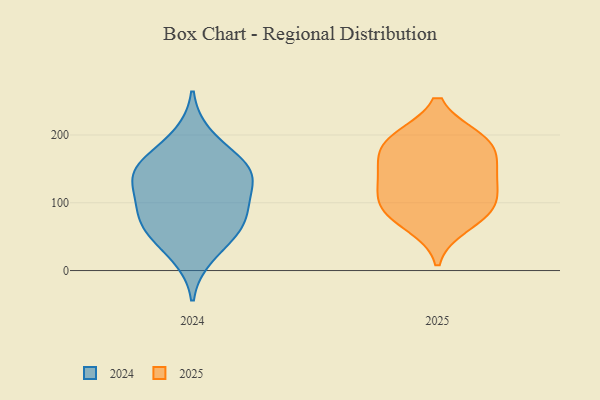
{"axis": {"x": "Shipments", "y": "Value"}, "legend": ["2024", "2025"], "data": [{"x": "", "y": 144, "type": "2024"}, {"x": "", "y": 84, "type": "2024"}, {"x": "", "y": 126, "type": "2024"}, {"x": "", "y": 54, "type": "2024"}, {"x": "", "y": 121, "type": "2024"}, {"x": "", "y": 156, "type": "2024"}, {"x": "", "y": 21, "type": "2024"}, {"x": "", "y": 153, "type": "2024"}, {"x": "", "y": 75, "type": "2024"}, {"x": "", "y": 91, "type": "2024"}, {"x": "", "y": 57, "type": "2024"}, {"x": "", "y": 199, "type": "2024"}, {"x": "", "y": 155, "type": "2024"}, {"x": "", "y": 127, "type": "2025"}, {"x": "", "y": 194, "type": "2025"}, {"x": "", "y": 192, "type": "2025"}, {"x": "", "y": 191, "type": "2025"}, {"x": "", "y": 95, "type": "2025"}, {"x": "", "y": 89, "type": "2025"}, {"x": "", "y": 169, "type": "2025"}, {"x": "", "y": 95, "type": "2025"}, {"x": "", "y": 138, "type": "2025"}, {"x": "", "y": 68, "type": "2025"}, {"x": "", "y": 146, "type": "2025"}]}